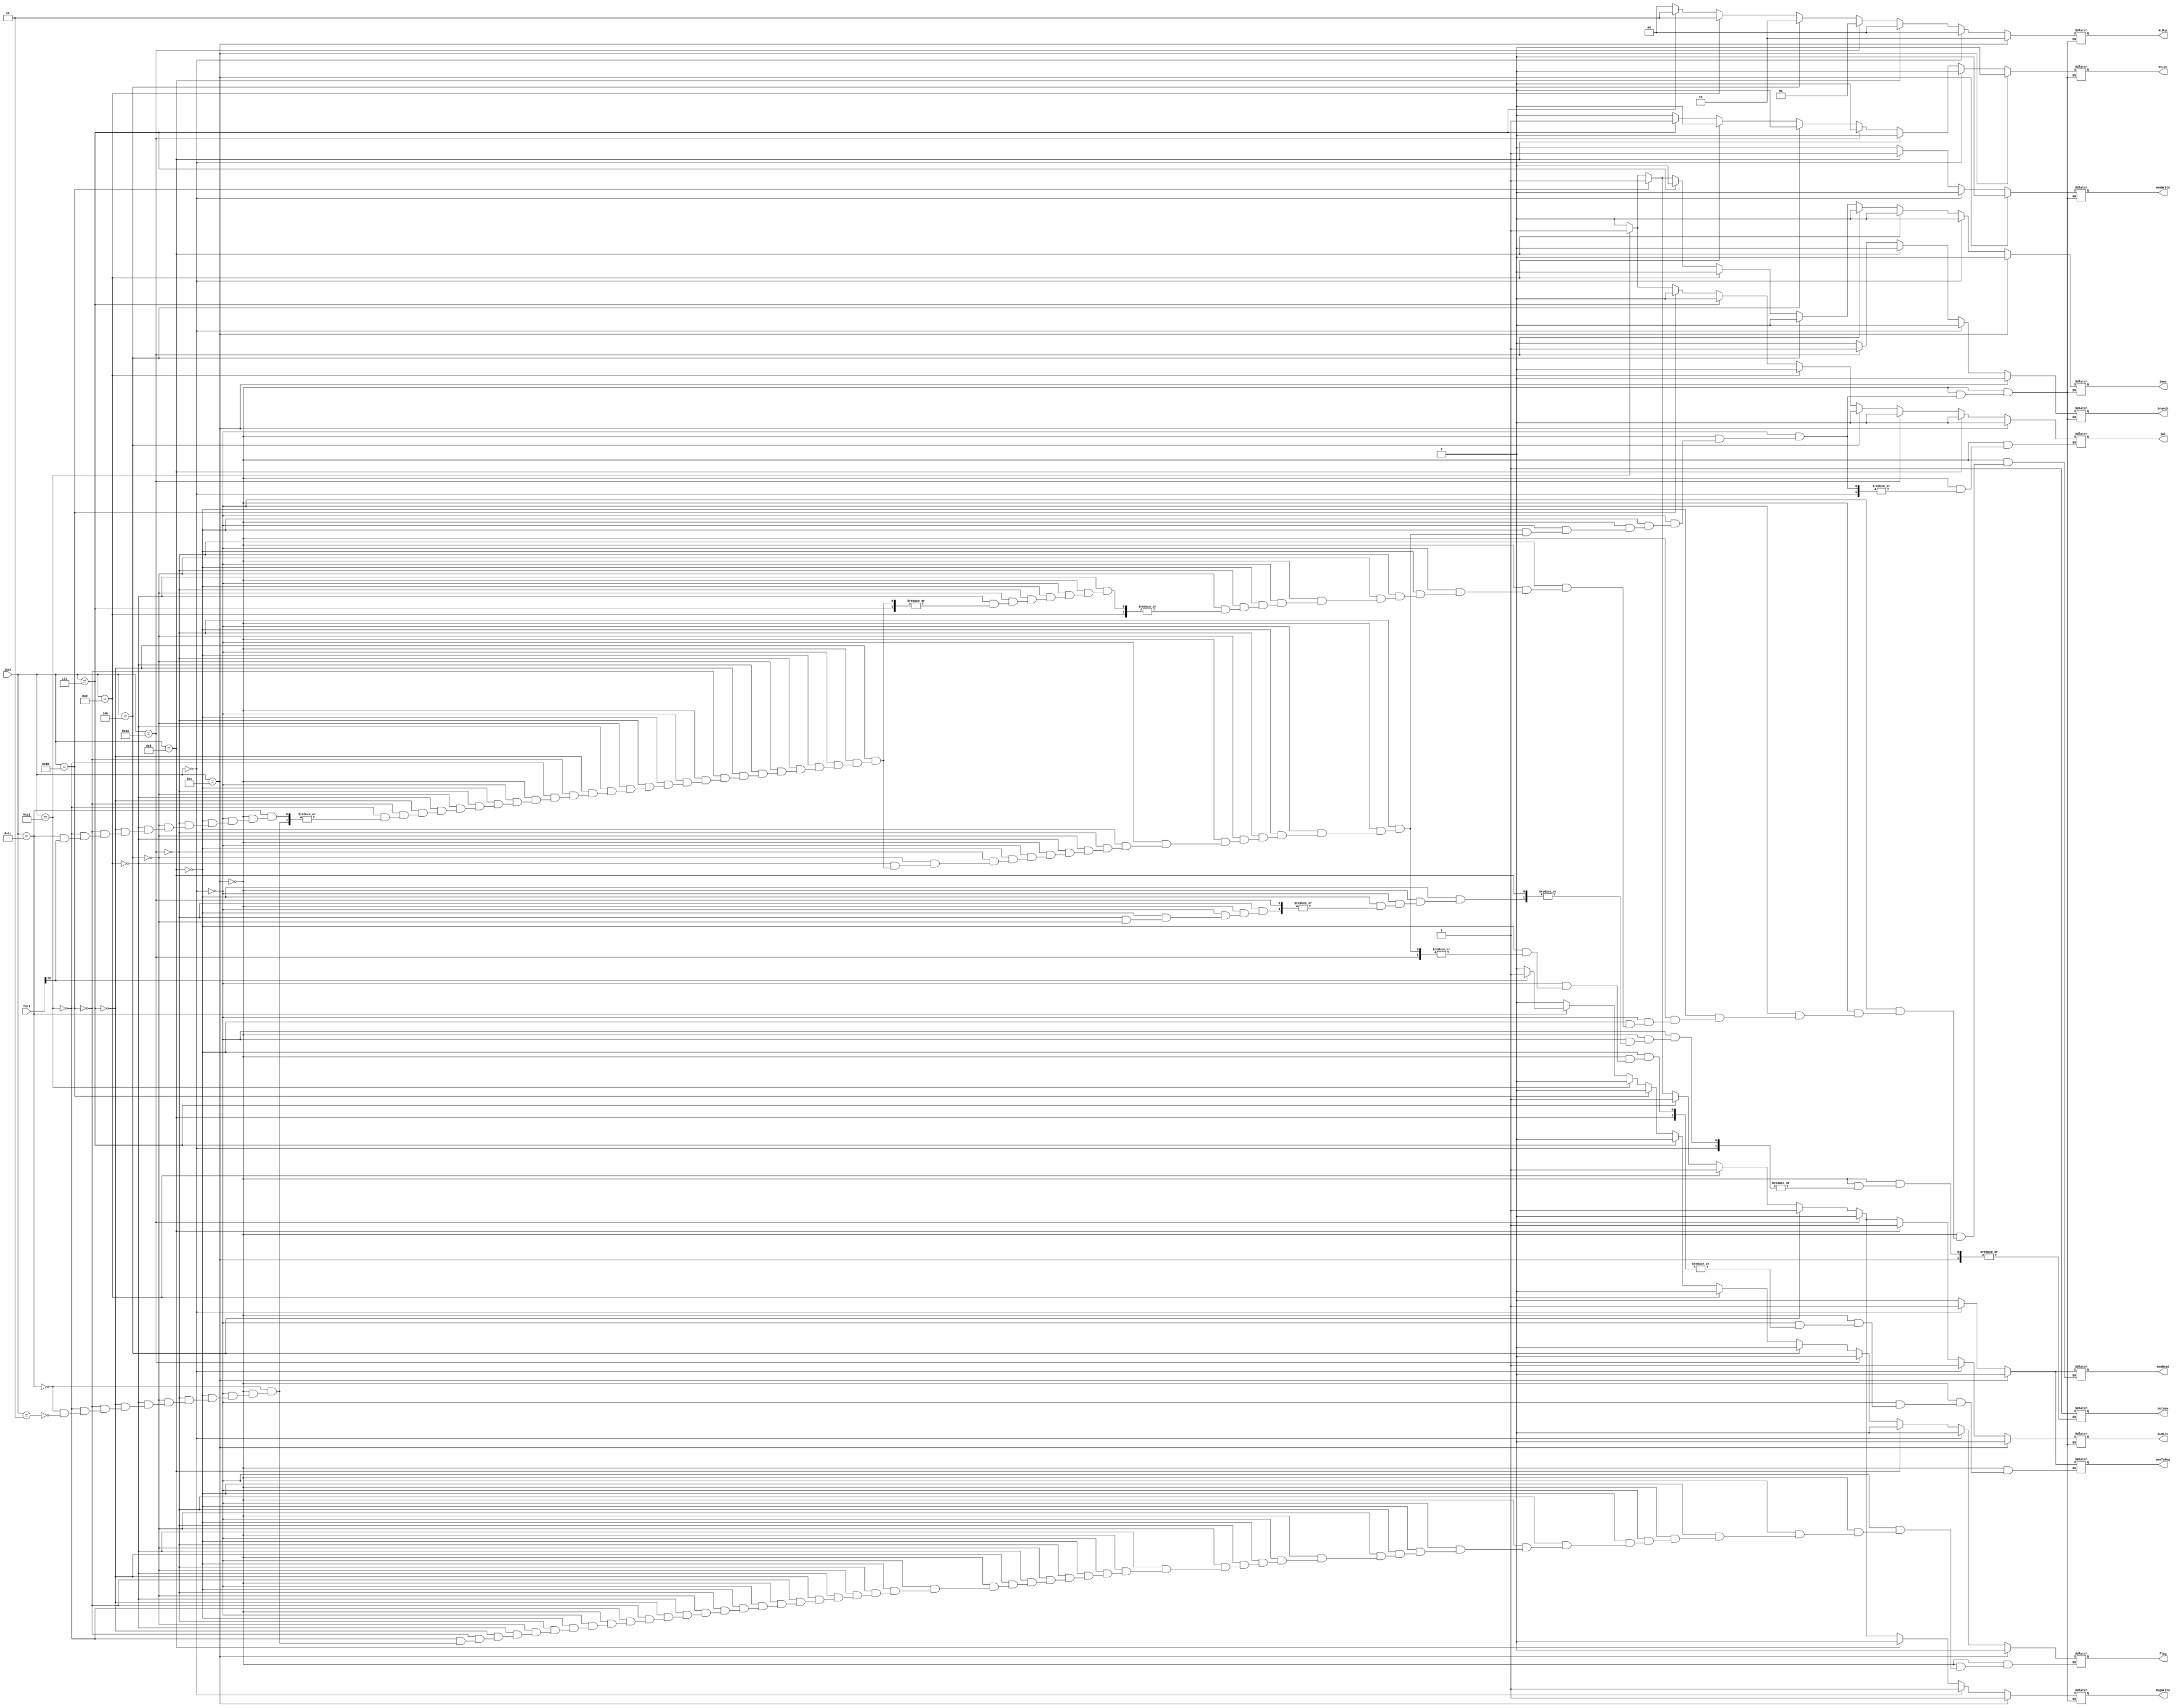
`timescale 1ns / 1ps

module CU( input [4:0] inst , input [31:0]full, output reg [1:0] ALUop , output reg branch ,memRead , memToReg,memWrite, ALUsrc, RegWrite, jump, auipc,outnew, jal, flag);
always @(*)
begin
if (inst == 5'b01100) //R Format
    begin 
        branch =0;
        memRead =0;
        memToReg =0;
        ALUop =2'b10;
        memWrite =0;
        ALUsrc =0;
        RegWrite =1;
             flag = 0;
        jump = 0;
        auipc=0;
         jal = 0;
     
    end  
else if (inst == 5'b00000) //LOAD
    begin 
        branch =0;
        memRead =1;
        memToReg =1;
        ALUop =2'b00;
             flag = 0;
        memWrite =0;
        ALUsrc =1;
        RegWrite =1;
        jump = 0;
        auipc=0;
    
    end  
else if (inst == 5'b01000) //S-Format
    begin 
        branch =0;
        memRead =0;
        //memToReg =0; // X
        ALUop =2'b00;
        memWrite =1;
        ALUsrc =1;
             flag = 0;
        RegWrite =0;
        jump =0;
        auipc=0;
         jal = 0;
         
    end  
else if (inst == 5'b11000) //SB-Format
    begin 
        branch = 1;
        memRead = 0;
        ALUop =2'b01;
        memWrite =0;
             flag = 0;
        ALUsrc =0;
        RegWrite =0;
        jump = 0;
        auipc=0;
       
         jal = 0;
    end  
else if (inst == 5'b00100) //I-Format 
    begin 
        branch =0;
        memRead =0;
        memToReg =0;
        ALUop =2'b10;
        memWrite =0;
        ALUsrc =1;
        RegWrite =1;
        jump = 0;
        auipc=0;
        outnew =1;
         jal = 0;
              flag = 0;
      
    end
//else if(inst == 5'b01000)  //S-Format
//    begin
//        branch =0;
//        memRead =0;
//        memToReg =0;
//        ALUop =2'b10;
//        memWrite =0;
//        ALUsrc =1;
//        RegWrite =1;
//        jump = 0;
//auipc=0;
 //   end
else if (inst == 5'b01101) // U-Format [LUI] 
    begin 
        branch =0;
        //memRead =0; //X
        memToReg =0;
        ALUop =2'b11;
             flag = 0;
        memWrite =0;
        ALUsrc =1;
        RegWrite =1;
        jump = 0;
        auipc=0;
         jal = 0;
       
    end
else if (inst == 5'b00101) // U-Format [AUIPC] 
    begin 
        branch =0;
        //memRead =0; //X
        memToReg =0;
        ALUop =2'b11;
        memWrite =0;
        ALUsrc =1;
        RegWrite =1;
        jump = 0;
             flag = 0;
        auipc=1;
         jal = 0;
      
    end
else if (inst == 5'b11011) // J-Format [JAL] 
  begin 
      branch =0;
      memRead =0;
      memToReg =0;
      ALUop =2'b00;
      memWrite =0;
      ALUsrc =1;
      RegWrite =1;
      jump = 1;
      auipc=0;
           flag = 0;
      jal = 0;
   
  end
 else if (inst == 5'b11001) // J-Format [JALR] 
    begin 
        branch =0;
        memRead =0;
        memToReg =0;
        ALUop =2'b00;
        memWrite =0;
        ALUsrc =1;
        RegWrite =1;
        jump = 1;
        auipc=0;
         flag = 0;
        jal = 1;
    end 
     else if (inst == 5'b11100)  // Ecall and Ebreak 
       begin 
       if(full[20] == 0) begin
           branch =0;
           memRead =0;
           memToReg =0;
           ALUop =0;
           memWrite =0;
           ALUsrc =0;
           RegWrite =0;
           jump = 0;
           auipc=0;
           jal = 0;
           flag = 0;
           end

else if(full[20] == 1) begin
flag = 1;
end
       
          end
           
           
     
        else if (inst == 5'b00011)  // Fence
             begin 
            
                 branch =0;
                 memRead =0;
                 memToReg =0;
                 ALUop =0;
                 memWrite =0;
                 ALUsrc =0;
                 RegWrite =0;
                 jump = 0;
                 auipc=0;
                 jal = 0;
                 flag = 0;
                 end
           
end
endmodule